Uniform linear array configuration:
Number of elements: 8
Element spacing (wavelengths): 0.5
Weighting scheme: hann
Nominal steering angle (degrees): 60
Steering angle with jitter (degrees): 61.676
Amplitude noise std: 0.05
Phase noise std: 0.05

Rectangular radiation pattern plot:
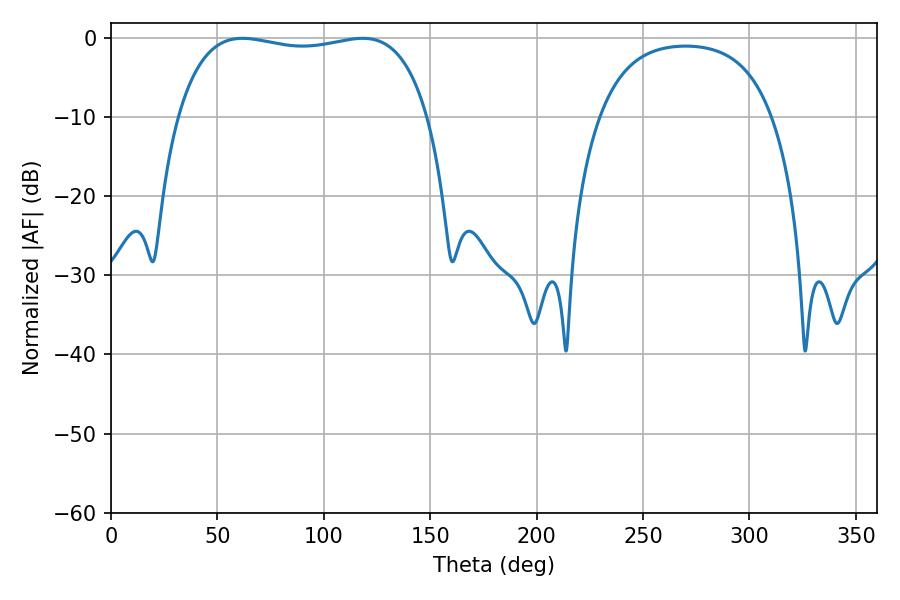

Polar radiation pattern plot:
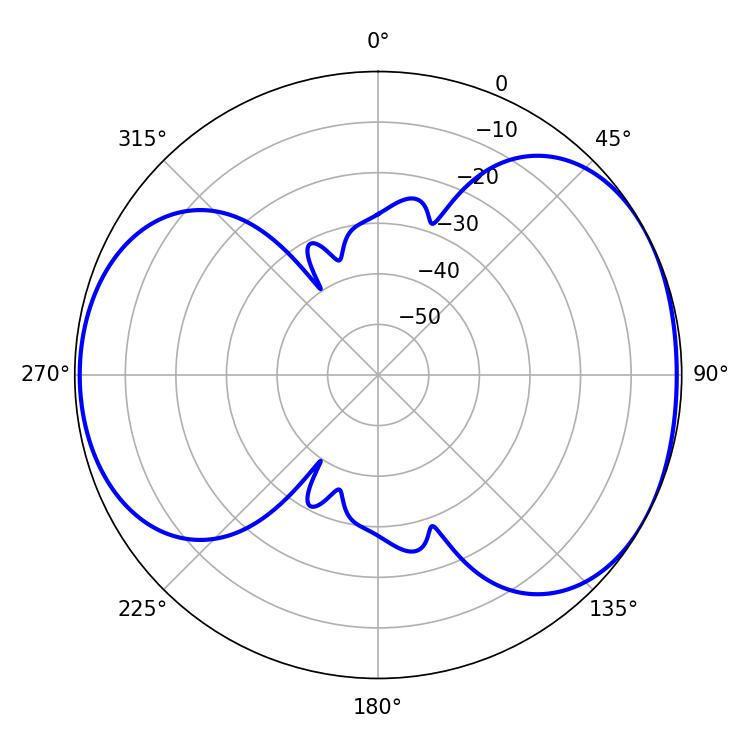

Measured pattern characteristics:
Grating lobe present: FALSE
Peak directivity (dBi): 5.005
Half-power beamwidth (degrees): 94.68
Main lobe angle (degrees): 61.74